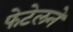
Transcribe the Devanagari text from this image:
फेटेलने